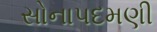
સોનાપદમણી